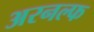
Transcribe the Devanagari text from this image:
अरनल्फ